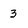
Character: 3